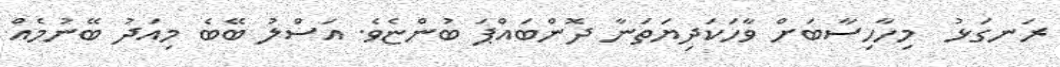
ރަނގަޅު  މިހާހިސާބަށް ވާހަކަދިޔަތަނާ ދޮންބައްޕަ ބުންޏެވެ. އަސްލު ބޭބެ މިއަދު ބޭނުމެއް